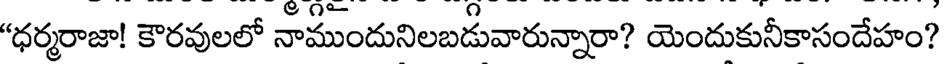
"ధర్మరాజా! కౌరవులలో నాముందునిలబడువారున్నారా? యెందుకునీకాసందేహం?